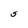
Character: S